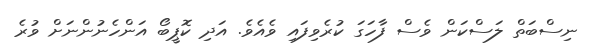
ނިސްބަތް ލަސްކަން ވެސް ފާހަގަ ކުރެވިފައި ވެއެވެ. އަދި ކޮޕީބޯ އަންހެނުންނަށް ވުރެ